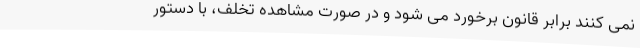
نمی کنند برابر قانون برخورد می شود و در صورت مشاهده تخلف، با دستور